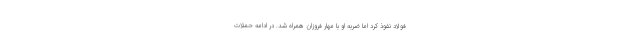
فولاد نفوذ کرد اما ضربه او با مهار فروزان همراه شد. در ادامه حملات